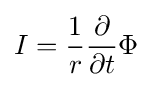
I={\frac {1}{r}}{\frac {\partial }{\partial t}}\Phi